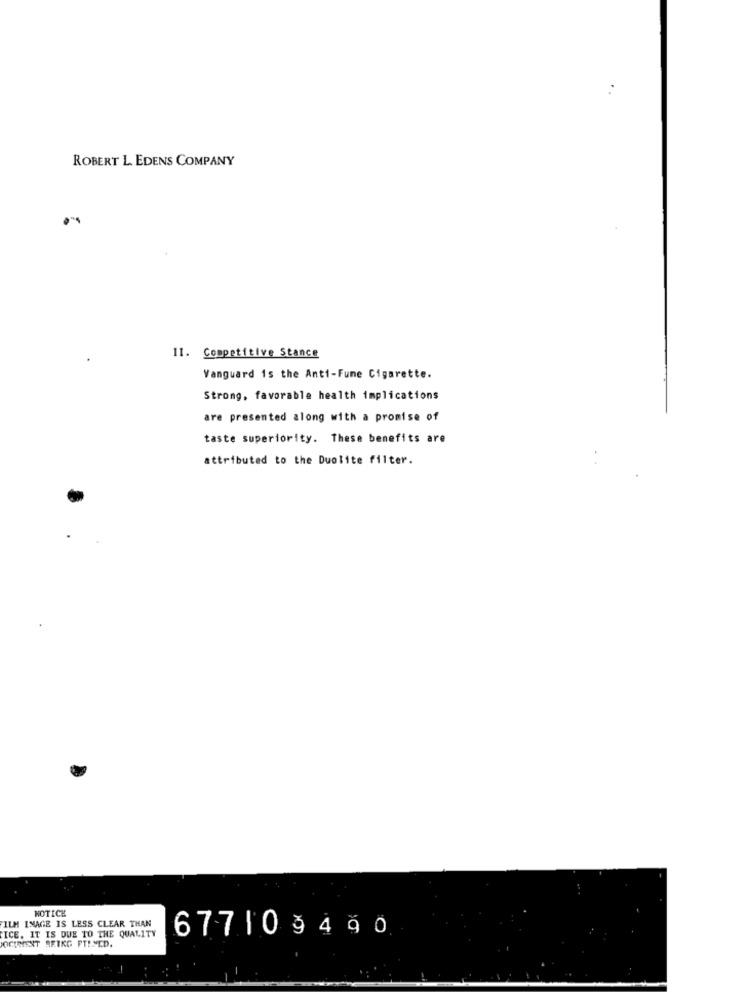
ROBERT L. EDENS COMPANY
11. Competitive Stance
Vanguard is the Anti-Fune Cigarette.
Strong, favorable health implications
are presented along with a promise of
taste superiority. These benefits are
attributed to the Duolite filter.
NOTICE
FILM IMAGE IS LESS CLEAR THAN
ICE. IT IS DUE TO THE QUALITY
677103490
DOCIMIENT REIKG PTLMED.